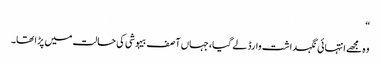
“
وہ مجھے انتہائی نگہداشت وارڈ لے گیا، جہاں آصف بیہوشی کی حالت میں پڑا تھا۔